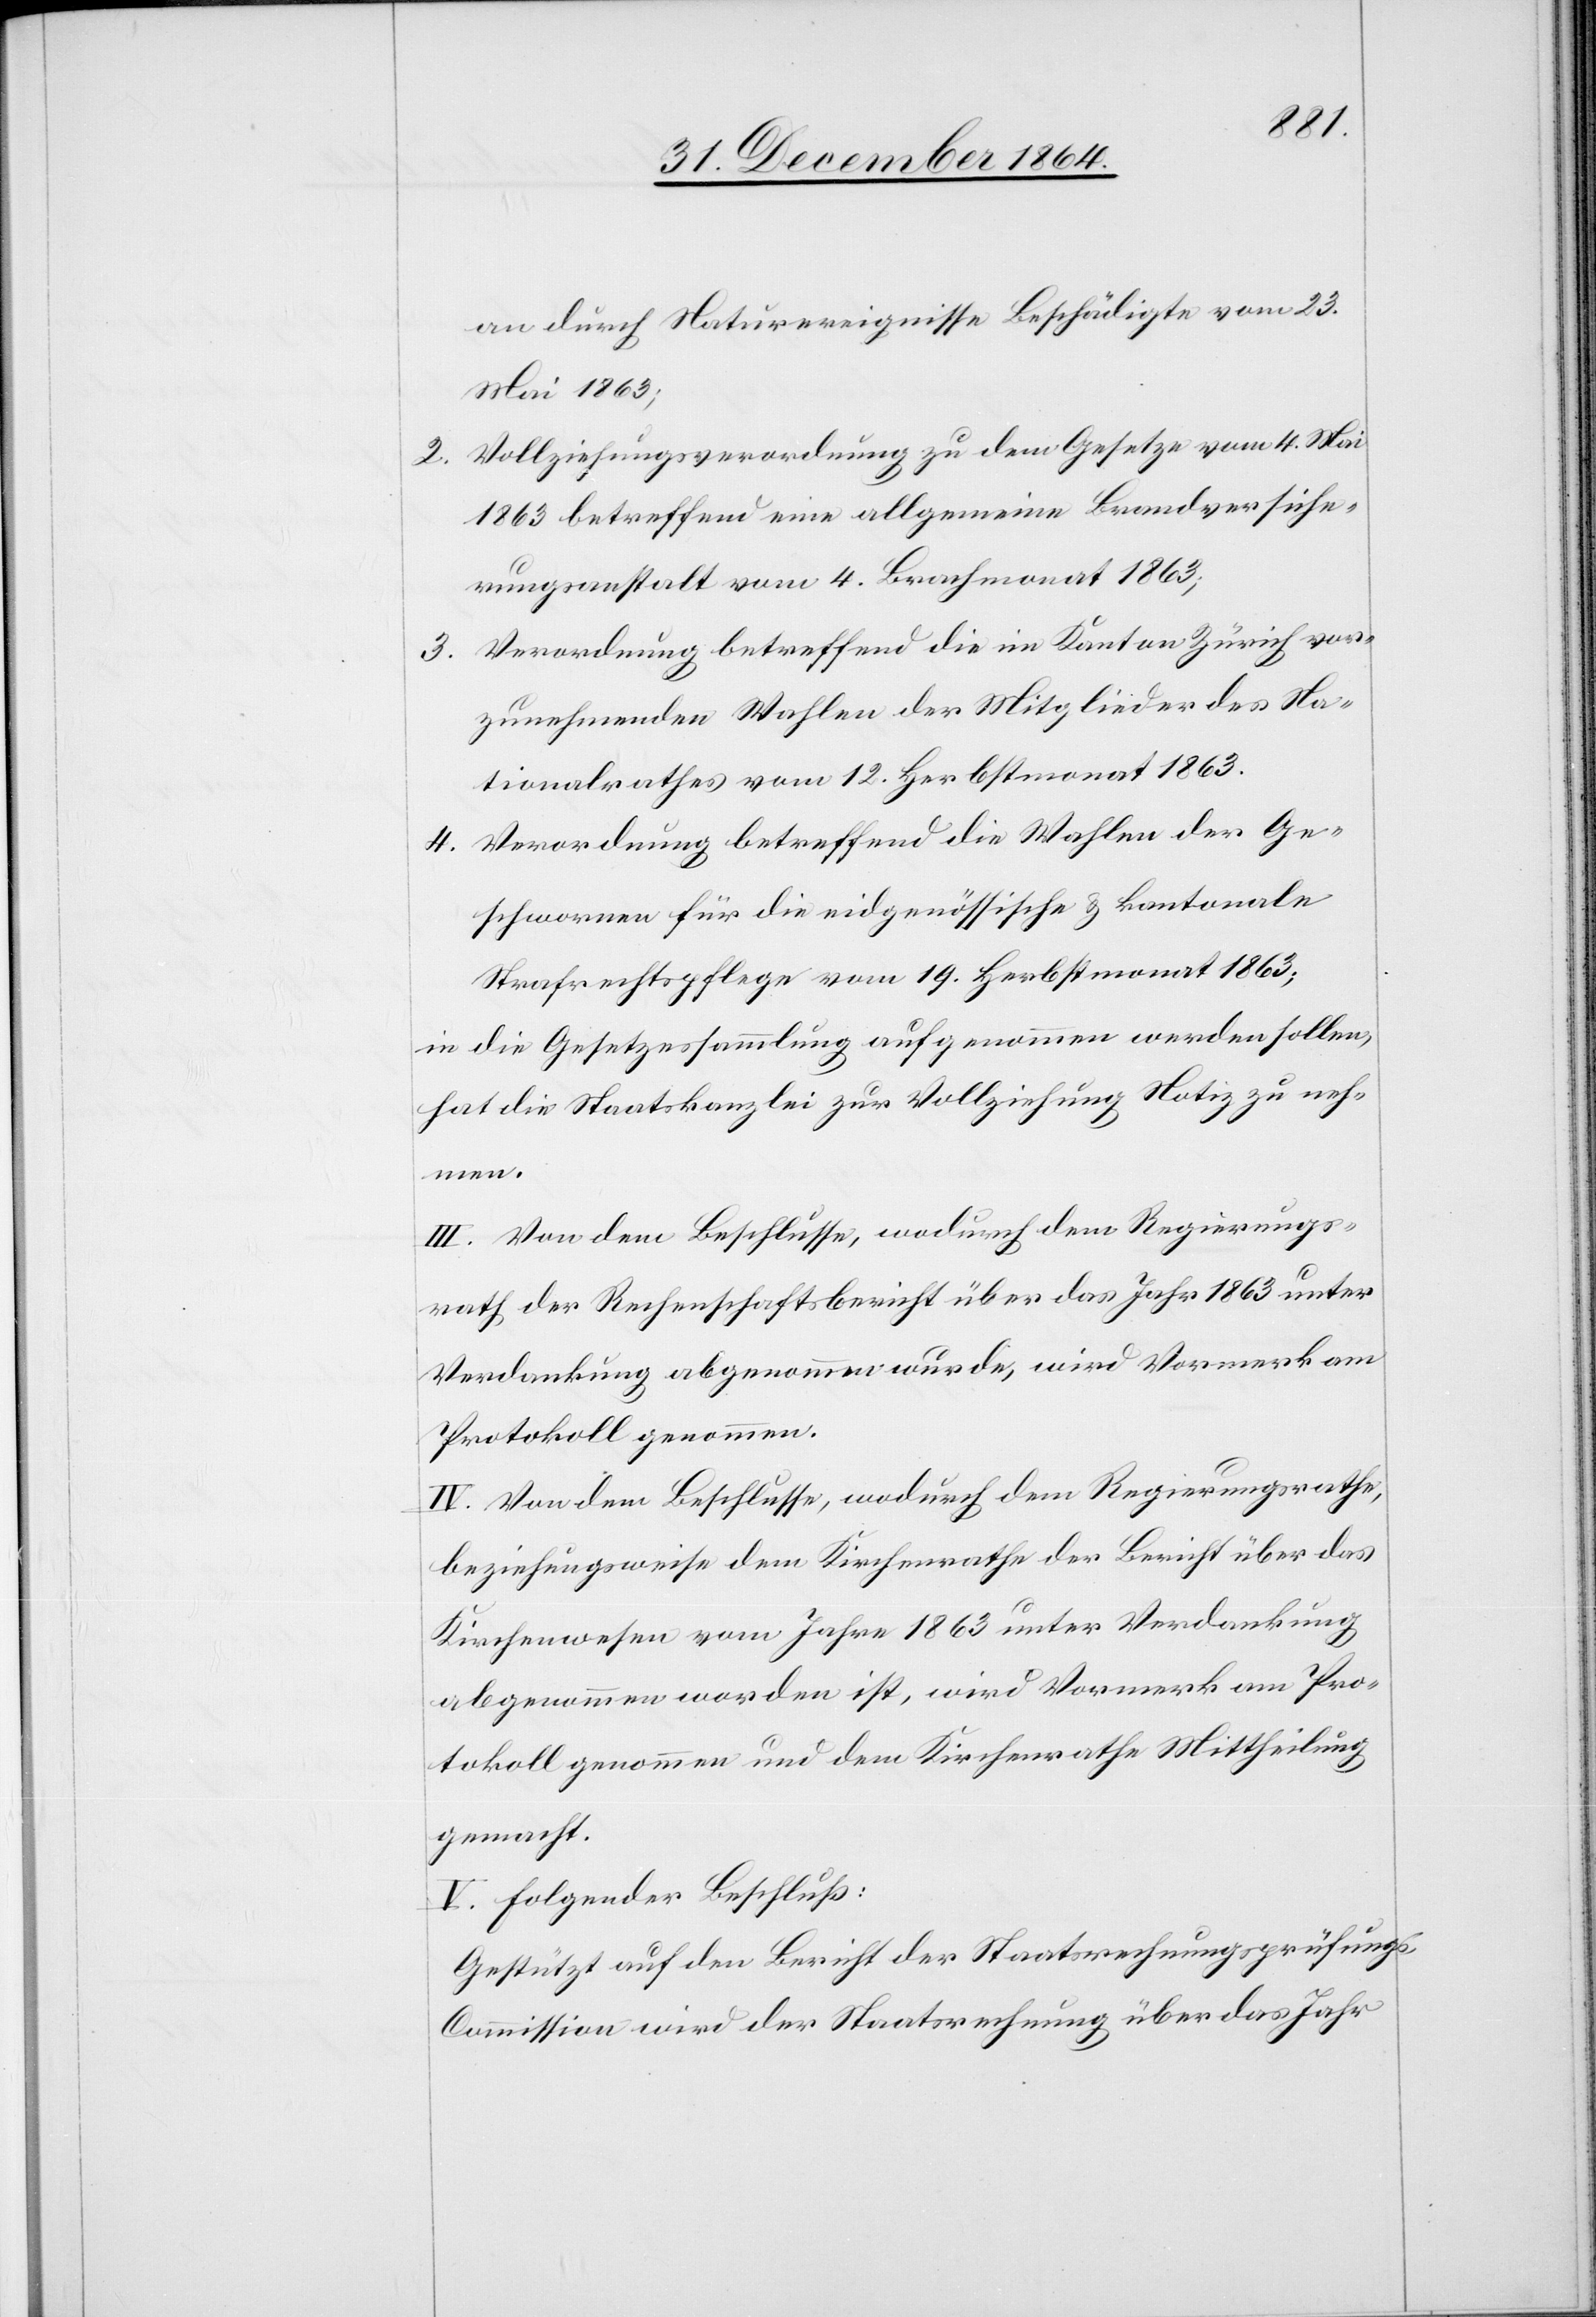
an durch Naturereignisse Beschädigte vom 23.
Mai 1863;
2. Vollziehungsverordnung zu dem Gesetze vom 4. Mai
1863 betreffend eine allgemeine Brandversiche¬
rungsanstalt vom 4. Brachmonat 1863;
3. Verordnung betreffend die im Kanton Zürich vor¬
zunehmenden Wahlen der Mitglieder des Na¬
tionalrathes vom 12. Herbstmonat 1863;
4. Verordnung betreffend die Wahlen der Ge¬
schwornen für die eidgenössische & kantonale
Strafrechtspflege vom 19. Herbstmonat 1863;
in die Gesetzessammlung aufgenommen werden sollen,
hat die Staatskanzlei zur Vollziehung Notiz zu neh¬
men.
III. Von dem Beschlusse, wodurch dem Regierungs¬
rath der Rechenschaftsbericht über das Jahr 1863 unter
Verdankung abgenommen wurde, wird Vormerk am
Protokoll genommen.
IV. Von dem Beschlusse, wodurch dem Regierungsrathe,
beziehungsweise dem Kirchenrathe der Bericht über das
Kirchenwesen vom Jahre 1863 unter Verdankung
abgenommen worden ist, wird Vormerk am Pro¬
tokoll genommen und dem Kirchenrathe Mittheilung
gemacht.
V. Folgender Beschluß:
Gestützt auf den Bericht der Staatsrechnungsprüfungs-C¬
ommission wird der Staatsrechnung über das Jahr